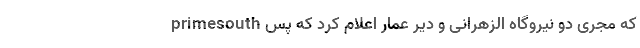
primesouth که مجری دو نیروگاه الزهرانی و دیر عمار اعلام کرد که پس